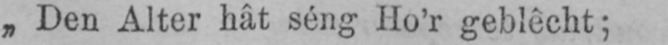
„Den Alter hât séng Ho’r geblêcht;